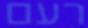
רעם